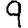
Digit: 9